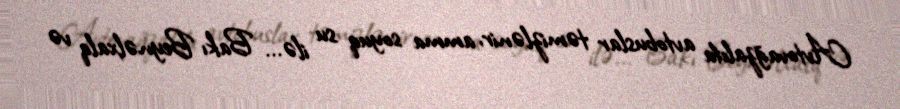
Avtovağzalda avtobuslar təmizlənir, amma soyuq su ilə... Bakı Beynəlxalq və